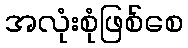
အလုံးစုံဖြစ်စေ